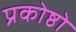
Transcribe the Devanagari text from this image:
प्रकोष्ठो